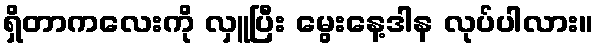
ရှိတာကလေးကို လှူပြီး မွေးနေ့ဒါန လုပ်ပါလား။